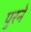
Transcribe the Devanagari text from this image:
पुरने